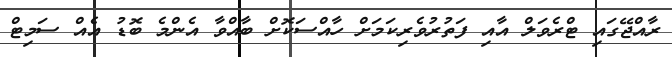
ރާއްޖޭގައި ޓްރެވަލް އާއި ފަތުރުވެރިކަމަށް ހާއްސަކޮށް ބާއްވާ އެންމެ ބޮޑު އެއް ސަމިޓް